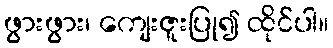
ဖွားဖွား၊ ကျေးဇူးပြု၍ ထိုင်ပါ။